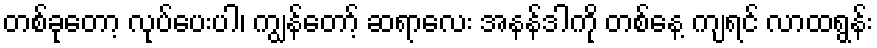
တစ်ခုတော့ လုပ်ပေးပါ၊ ကျွန်တော့် ဆရာလေး အနန်ဒါကို တစ်နေ့ ကျရင် လာထရွန်း